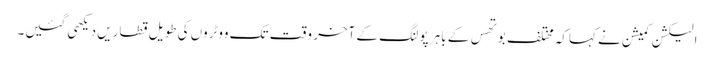
الیکشن کمیشن نے کہاکہ مختلف بوتھس کے باہر پولنگ کے آخر وقت تک ووٹروں کی طویل قطاریں دیکھی گئیں۔